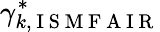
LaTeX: \gamma_{k,\mathrm{~I~S~M~F~A~I~R~}}^{\ast}